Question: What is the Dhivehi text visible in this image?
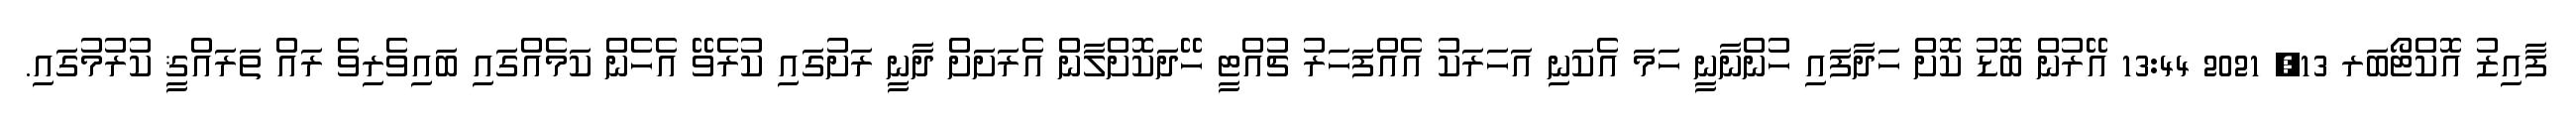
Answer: ފާއިޒު އޮކްޓޯބަރ 13, 2021 13:44 އޭރުން ބޮޑު ކޮށް ހަދާފައި ހުންނާނީ ހަމަ އެކަނި އަހަރަކު އެއްފަހަރު ޗުއްޓީ ހޭދަކޮށްލާން އެރަށަށް ދާނީ ރަށުގައި ކުރެވޭ އެހެން ކަމެއްގައި ބައިވެރިވެ ރައް ތަރައްޤީ ކުރުމުގައި.